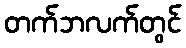
တက်ဘလက်တွင်